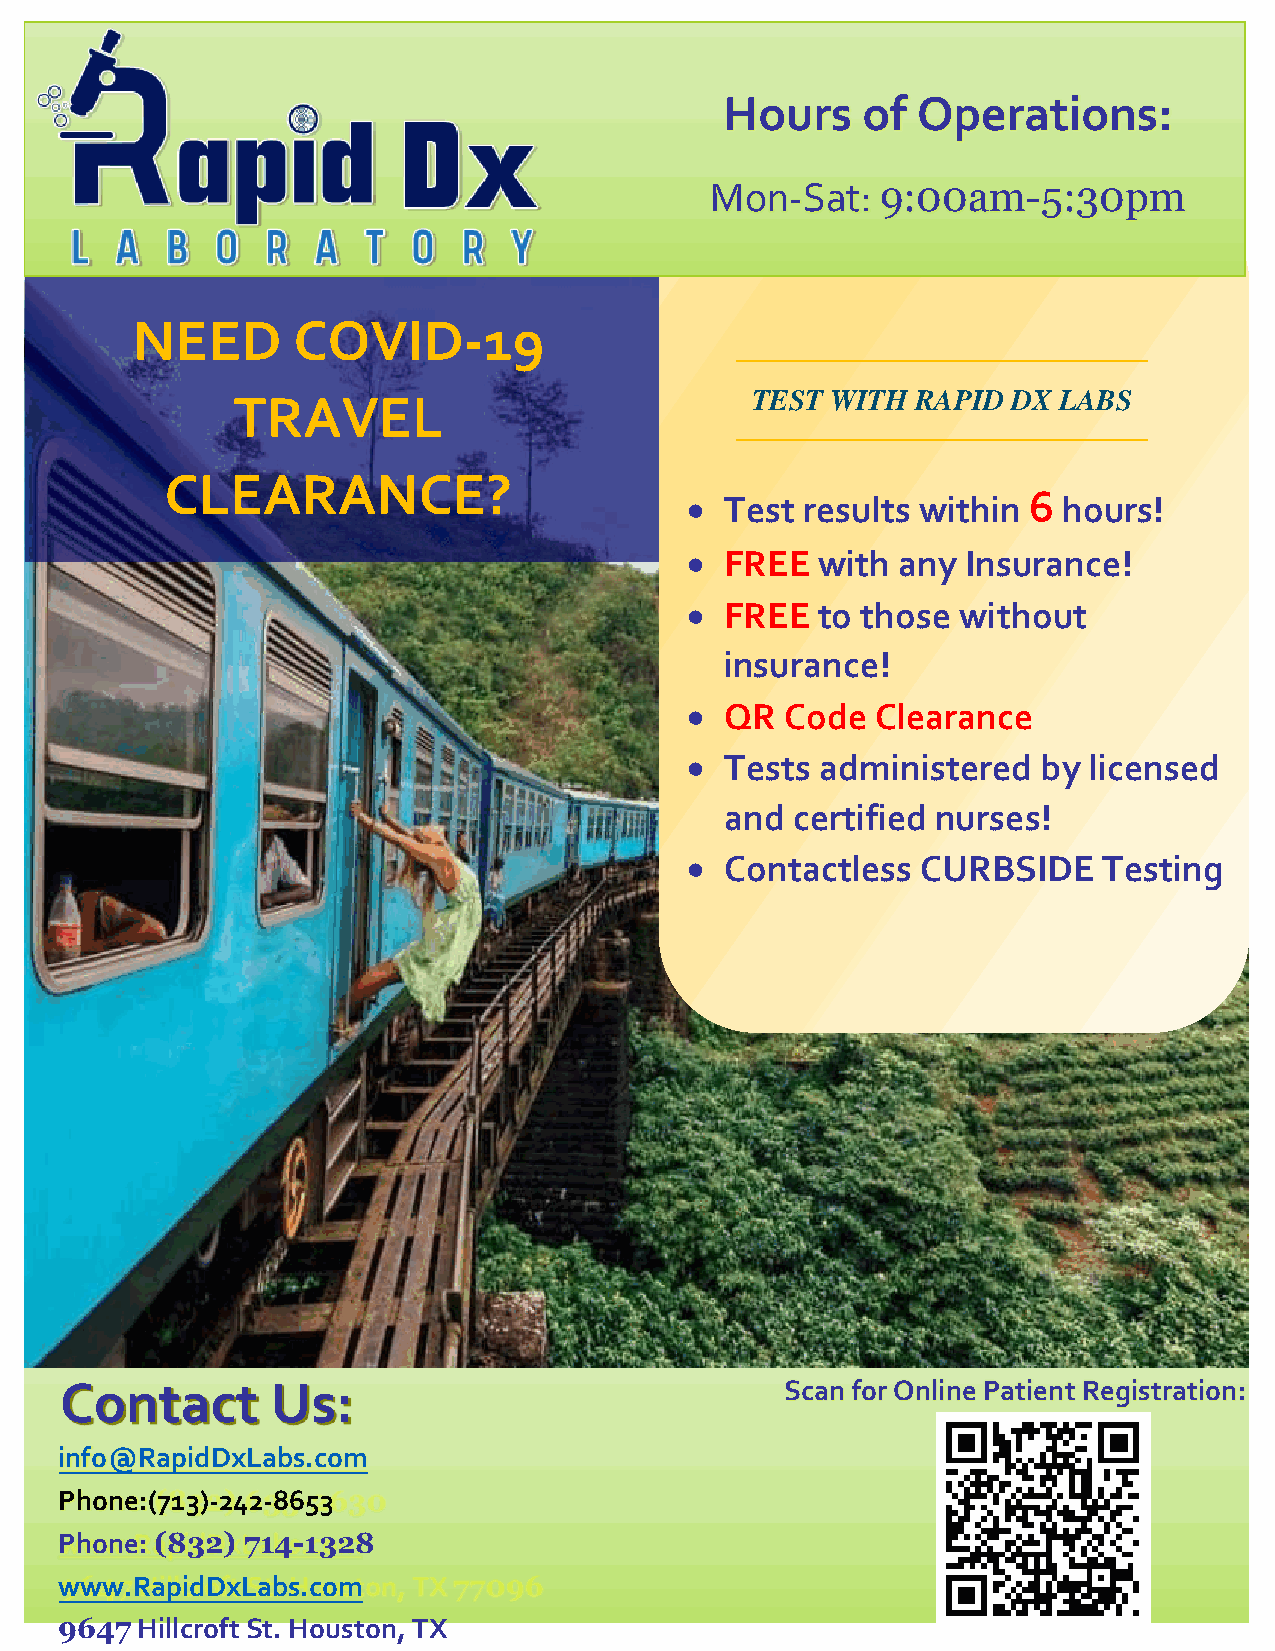
Hours    of  Operations:
 Mon-Sat:   9:00am-5:30pm
 zz
 NEED      COVID-19
 TEST WITH  RAPID DX LABS
 TRAVEL
 CLEARANCE?
 •  Test results within 6 hours!
 •  FREE  with any  Insurance!
 •  FREE  to those  without
 insurance!
 •  QR  Code  Clearance
 •  Tests administered   by licensed
 and  certified nurses!
 •  Contactless  CURBSIDE    Testing
 Contact       Us:                               Scan for Online Patient Registration:
 info@RapidDxLabs.com
 Phone:(713)-242-8653
 Phone: (832) 714-1328
 www.RapidDxLabs.com
 9647 Hillcroft St. Houston, TX
 77096